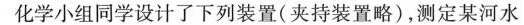
化学小组同学设计了下列装置(夹持装置略)，测定某河水